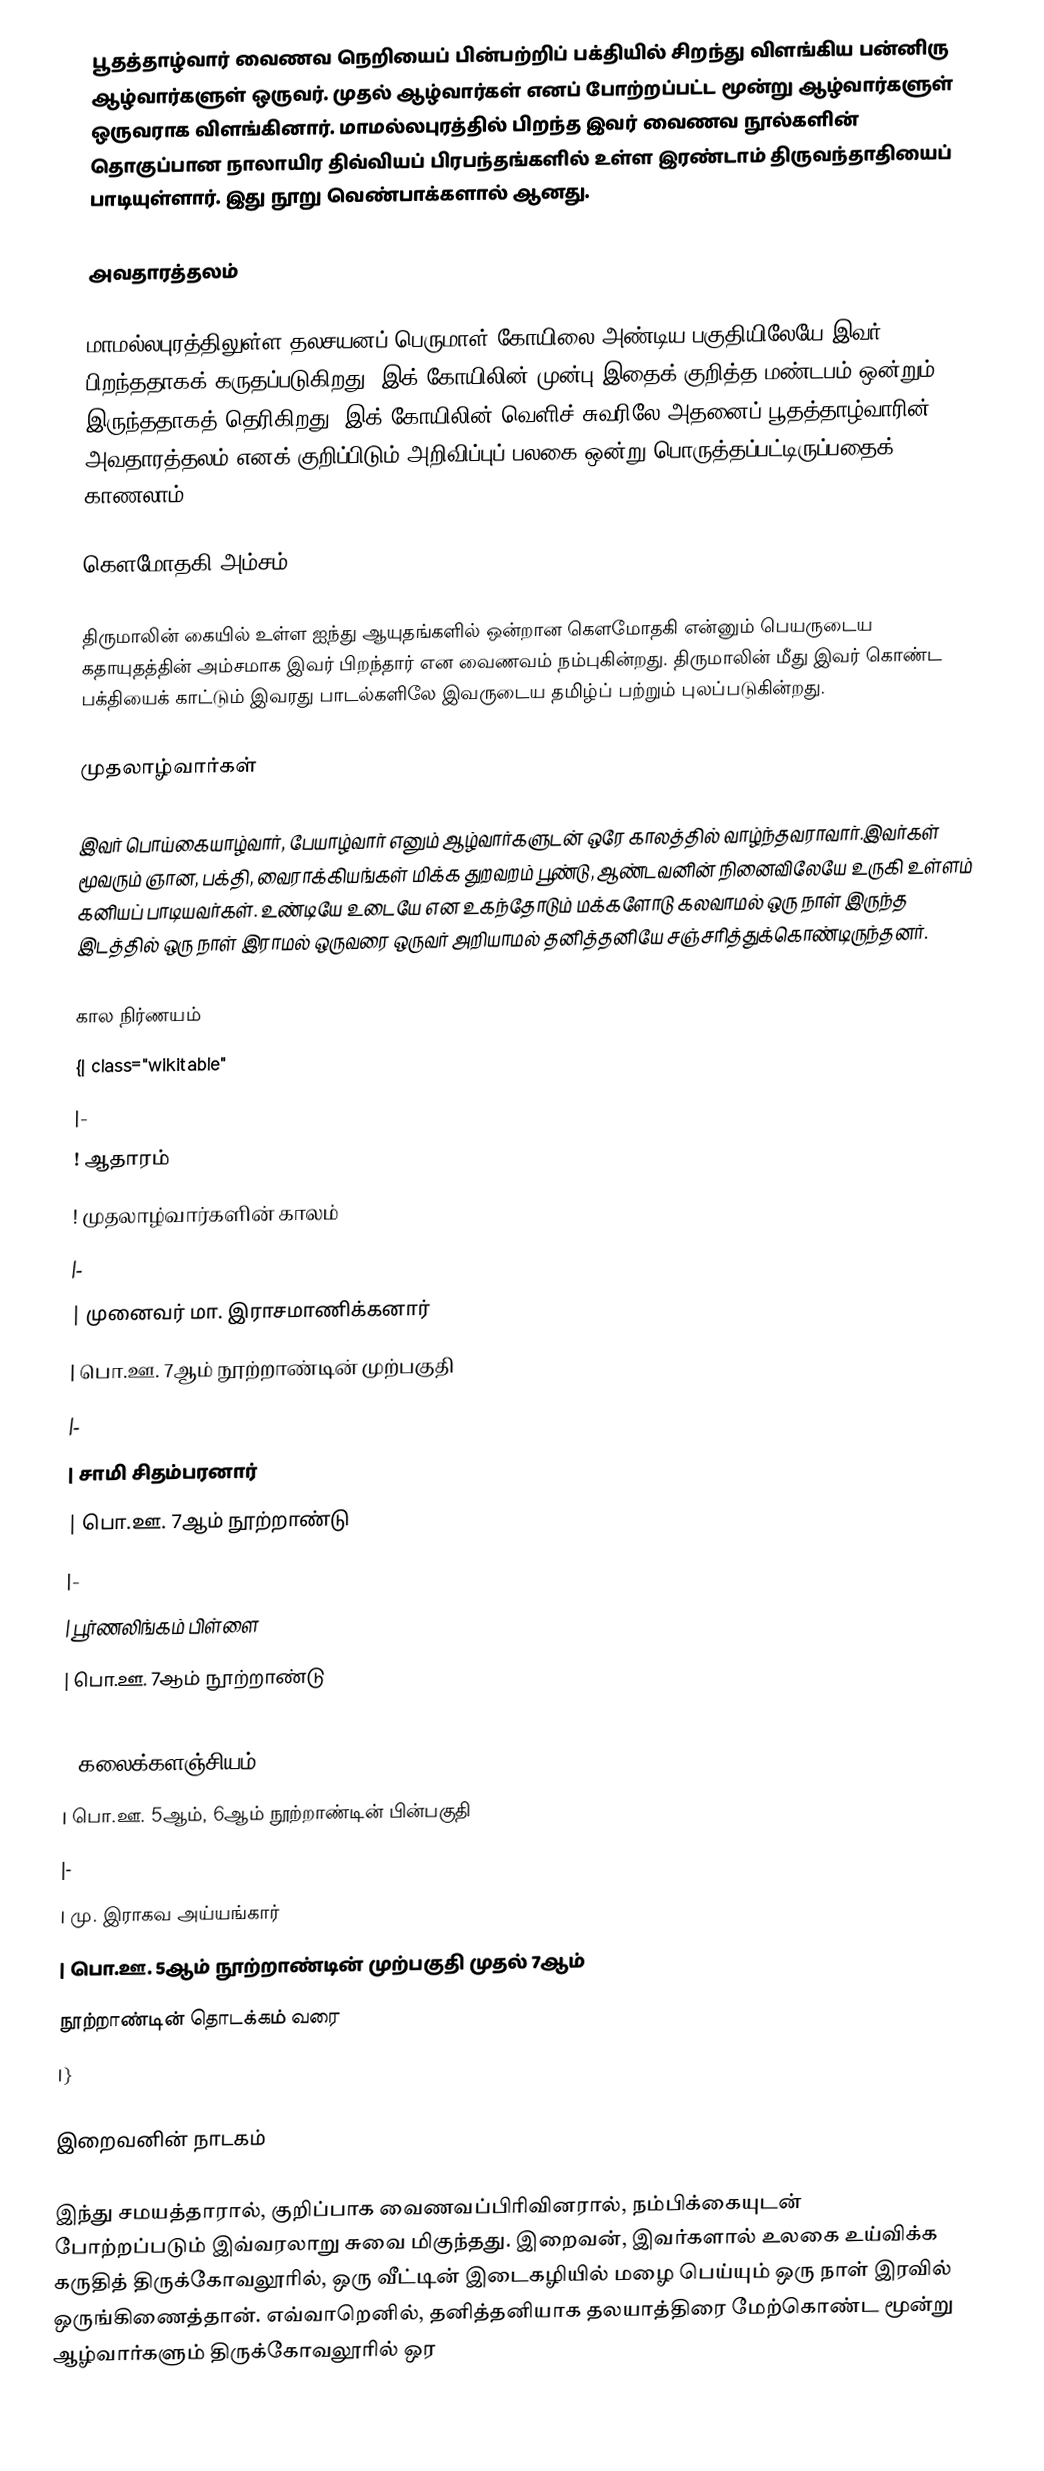
பூதத்தாழ்வார் வைணவ நெறியைப் பின்பற்றிப் பக்தியில் சிறந்து விளங்கிய பன்னிரு ஆழ்வார்களுள் ஒருவர். முதல் ஆழ்வார்கள் எனப் போற்றப்பட்ட மூன்று ஆழ்வார்களுள் ஒருவராக விளங்கினார். மாமல்லபுரத்தில் பிறந்த இவர் வைணவ நூல்களின் தொகுப்பான நாலாயிர திவ்வியப் பிரபந்தங்களில் உள்ள இரண்டாம் திருவந்தாதியைப் பாடியுள்ளார். இது நூறு வெண்பாக்களால் ஆனது.

அவதாரத்தலம்

மாமல்லபுரத்திலுள்ள தலசயனப் பெருமாள் கோயிலை அண்டிய பகுதியிலேயே இவர் பிறந்ததாகக் கருதப்படுகிறது. இக் கோயிலின் முன்பு இதைக் குறித்த மண்டபம் ஒன்றும் இருந்ததாகத் தெரிகிறது. இக் கோயிலின் வெளிச் சுவரிலே அதனைப் பூதத்தாழ்வாரின் அவதாரத்தலம் எனக் குறிப்பிடும் அறிவிப்புப் பலகை ஒன்று பொருத்தப்பட்டிருப்பதைக் காணலாம்.

கௌமோதகி அம்சம்

திருமாலின் கையில் உள்ள ஐந்து ஆயுதங்களில் ஒன்றான கௌமோதகி என்னும் பெயருடைய கதாயுதத்தின் அம்சமாக இவர் பிறந்தார் என வைணவம்  நம்புகின்றது. திருமாலின் மீது இவர் கொண்ட பக்தியைக் காட்டும் இவரது பாடல்களிலே இவருடைய தமிழ்ப் பற்றும் புலப்படுகின்றது.

முதலாழ்வார்கள்

இவர் பொய்கையாழ்வார், பேயாழ்வார் எனும் ஆழ்வார்களுடன் ஒரே காலத்தில் வாழ்ந்தவராவார்.இவர்கள் மூவரும் ஞான, பக்தி, வைராக்கியங்கள் மிக்க துறவறம் பூண்டு, ஆண்டவனின் நினைவிலேயே உருகி உள்ளம் கனியப் பாடியவர்கள். உண்டியே உடையே என உகந்தோடும் மக்களோடு கலவாமல் ஒரு நாள் இருந்த இடத்தில் ஒரு நாள் இராமல் ஒருவரை ஒருவர் அறியாமல் தனித்தனியே சஞ்சரித்துக்கொண்டிருந்தனர்.

கால நிர்ணயம்
{| class="wikitable"
|-
! ஆதாரம்
! முதலாழ்வார்களின் காலம்
|-
| முனைவர் மா. இராசமாணிக்கனார்
| பொ.ஊ. 7ஆம் நூற்றாண்டின் முற்பகுதி
|-
| சாமி சிதம்பரனார்
| பொ.ஊ. 7ஆம் நூற்றாண்டு
|-
| பூர்ணலிங்கம் பிள்ளை
| பொ.ஊ. 7ஆம் நூற்றாண்டு
|-
| கலைக்களஞ்சியம்
| பொ.ஊ. 5ஆம், 6ஆம் நூற்றாண்டின் பின்பகுதி
|-
| மு. இராகவ அய்யங்கார்
| பொ.ஊ. 5ஆம் நூற்றாண்டின் முற்பகுதி முதல் 7ஆம்
நூற்றாண்டின் தொடக்கம் வரை
|}

இறைவனின் நாடகம்

இந்து சமயத்தாரால், குறிப்பாக வைணவப்பிரிவினரால், நம்பிக்கையுடன் போற்றப்படும் இவ்வரலாறு சுவை மிகுந்தது. இறைவன், இவர்களால் உலகை உய்விக்க கருதித் திருக்கோவலூரில், ஒரு வீட்டின் இடைகழியில் மழை பெய்யும் ஒரு நாள் இரவில் ஒருங்கிணைத்தான். எவ்வாறெனில், தனித்தனியாக தலயாத்திரை மேற்கொண்ட மூன்று ஆழ்வார்களும் திருக்கோவலூரில் ஒர